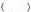
( )